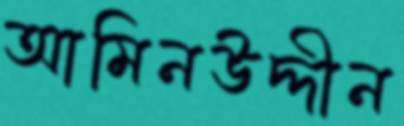
আমিনউদ্দীন